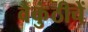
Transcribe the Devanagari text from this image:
वैकुंठीचें